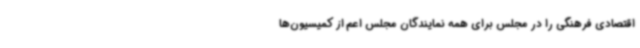
اقتصادی فرهنگی را در مجلس برای همه نمایندگان مجلس اعم از کمیسیون‌ها